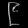
Digit: ၉